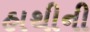
હાથીની